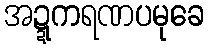
အဍ္ဍကရဏပမုခေ